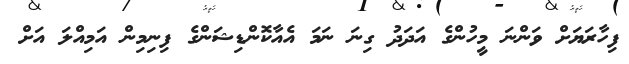
ފިހާރަޔަށް ވަންނަ މީހުންގެ އަދަދު ގިނަ ނަމަ އެއާކޮންޑިޝަންގެ ފިނިމިން އަމިއްލަ އަށް